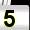
Digit: 5